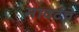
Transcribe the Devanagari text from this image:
मार्क्टचे